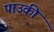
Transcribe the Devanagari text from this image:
पाउकी